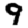
Digit: 9